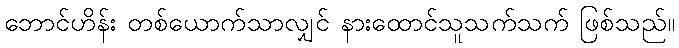
ဘောင်ဟိန်း တစ်ယောက်သာလျှင် နားထောင်သူသက်သက် ဖြစ်သည်။